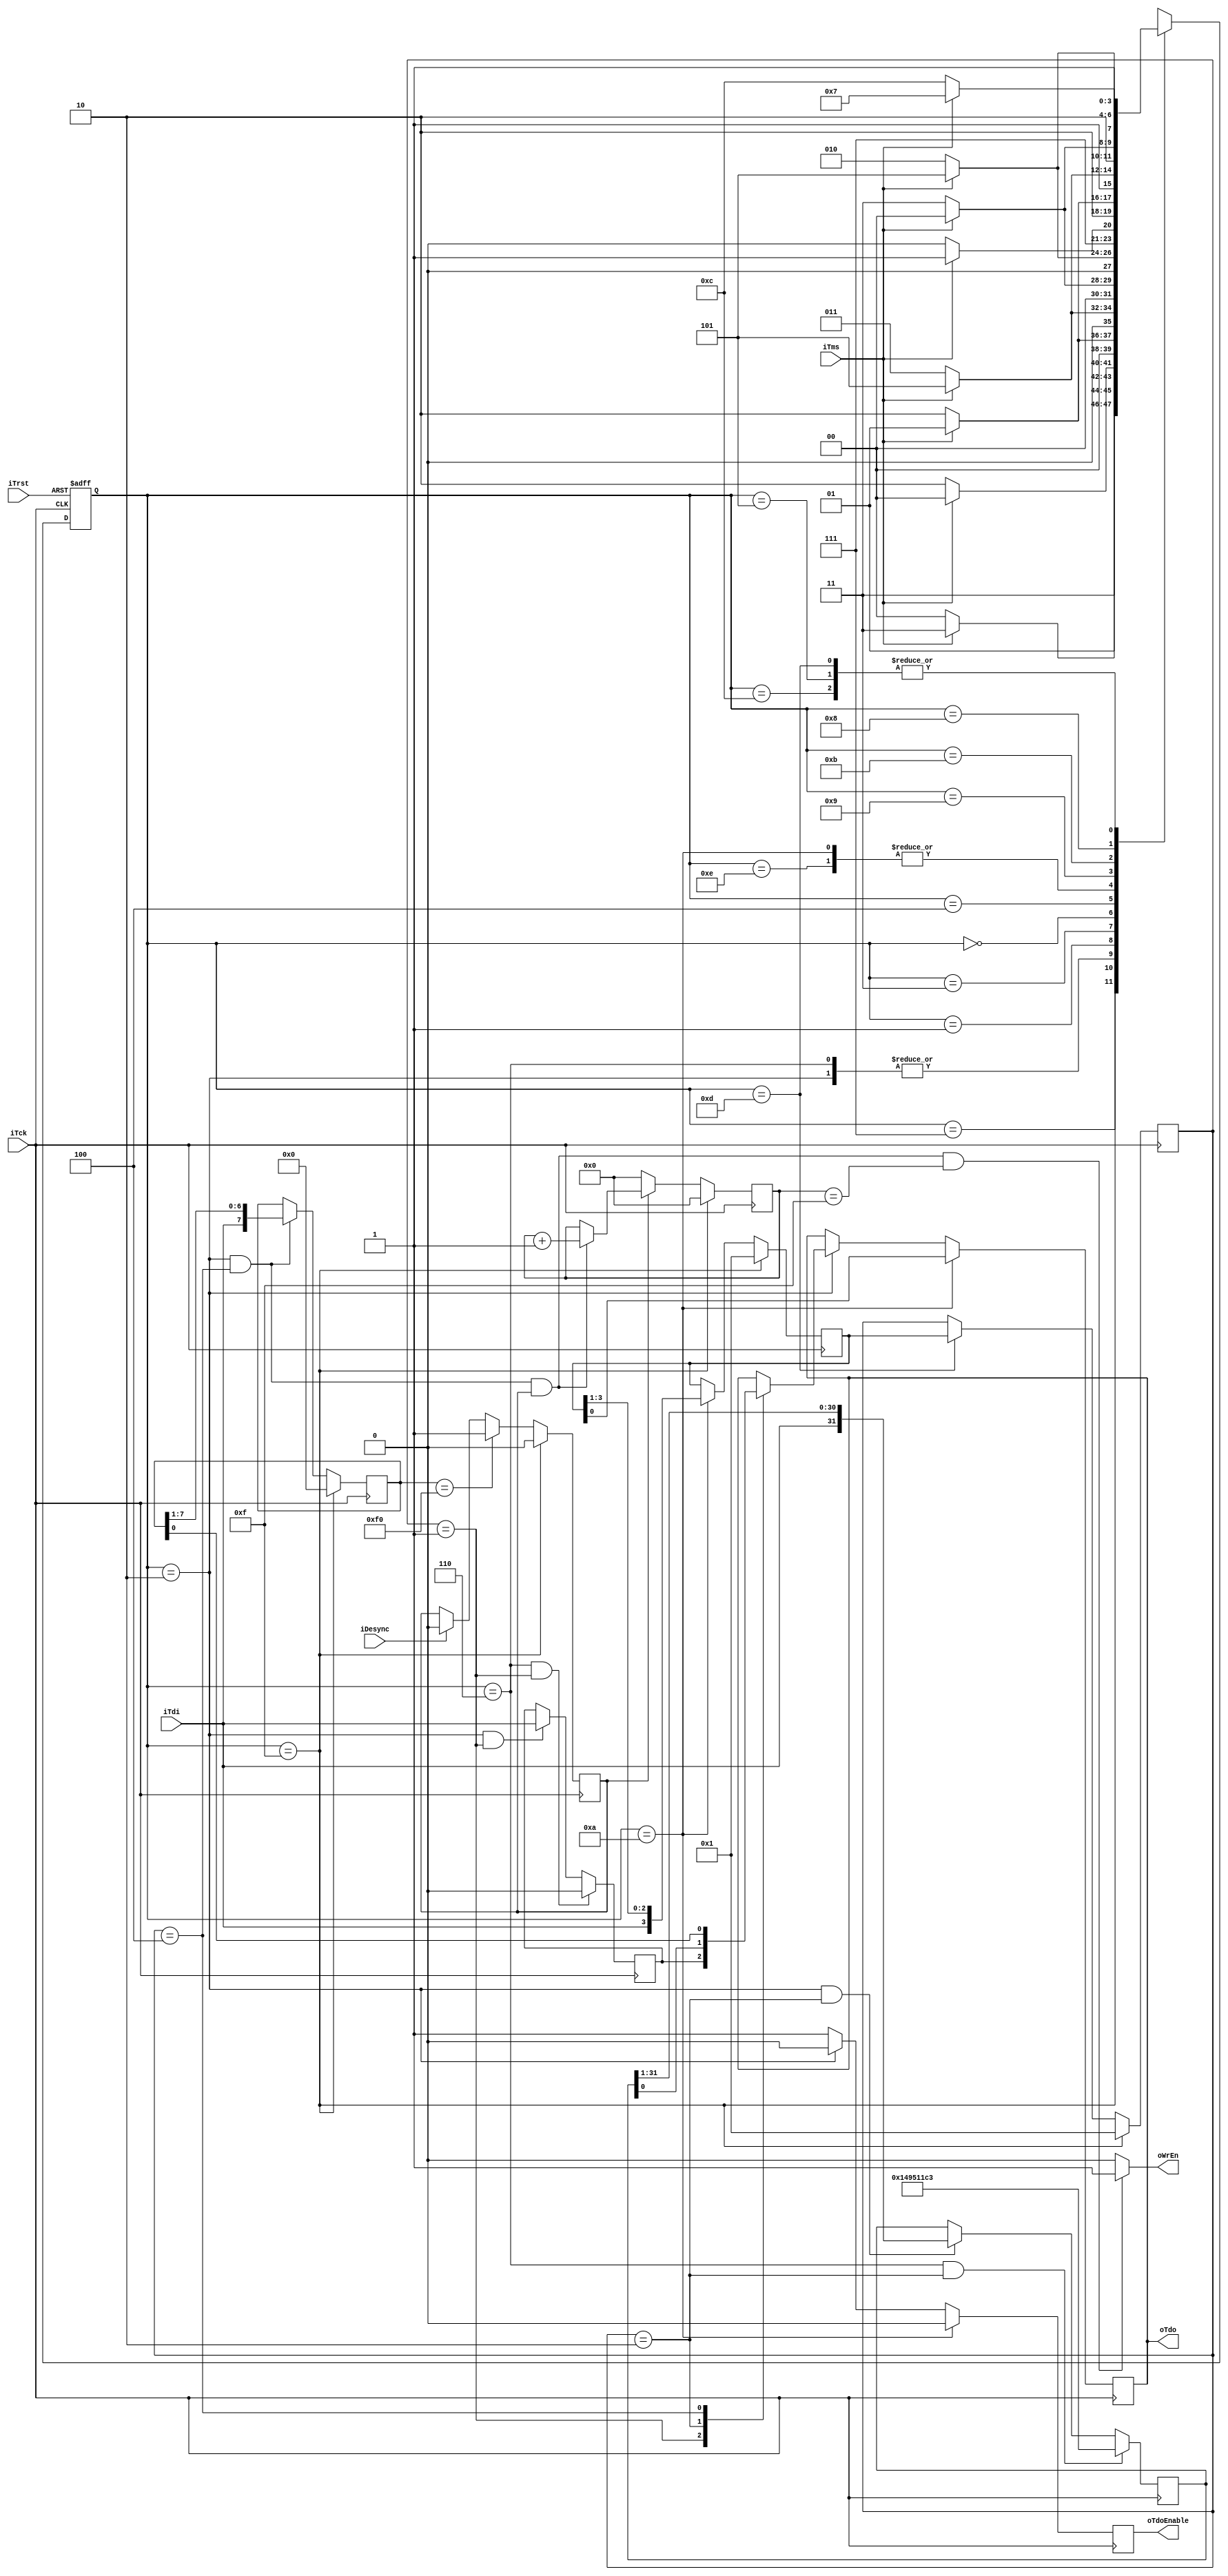
module jtag_top(
    //typical jtag port begin
    iTms,
    iTck,
    iTdi,
    iTrst,
    oTdo,
    oTdoEnable,
    //typical jtag port end

    //for CONFIG CHAIN
    oWrEn,
    iDesync
);
/********************************************
*Parameter definition begin
*
********************************************/
parameter stateLen = 4;
parameter pTestLogicReset = 4'hF;
parameter pRunTestIdle = 4'hC;
parameter pSelectDRScan = 4'h7;
parameter pCaptureDR = 4'h6;
parameter pShiftDR = 4'h2;
parameter pExit1DR = 4'h1;
parameter pPauseDR = 4'h3;
parameter pExit2DR = 4'h0;
parameter pUpdateDR = 4'h5;
parameter pSelectIRScan = 4'h4;
parameter pCaptureIR = 4'hE;
parameter pShiftIR = 4'hA;
parameter pExit1IR = 4'h9;
parameter pPauseIR = 4'hB;
parameter pExit2IR = 4'h8;
parameter pUpdateIR = 4'hD;

parameter instrLen = 4;
parameter BYPASS = 4'b0001;
parameter IDCODE = 4'b0010;
parameter CONFIG = 4'b0100;

parameter IDCODEVALUE = 32'h149511c3;

parameter SYNCWORD = 8'b11110000;
/********************************************
*IO definition begin
*
********************************************/
input iTms;
input iTck;
input iTdi;
input iTrst;
output oTdo;
output oTdoEnable;

output oWrEn;
input iDesync;
/********************************************
*Register/wire definition begin
*
********************************************/
//state reg
reg[stateLen - 1:0] currentState;

//command reg
reg idcodeSelect;
reg bypassSelect;
reg configSelect;
//output reg
reg oTdo;
reg oTdoEnable;
reg oWrEn;
//reset better
wire tmsReset;
reg tmsQ1;
reg tmsQ2;
reg tmsQ3;
reg tmsQ4;

//for Instruction Chain
reg[instrLen - 1:0] SIR;
reg[instrLen - 1:0] IR;

//for Bypass Chain
reg bypassReg;

//for IDCODE Chain
reg[31:0] IDC;

//for CONFIG Chain
reg[7:0] SCF;
reg sync;
reg[3:0] sftCnt;
/********************************************
*tms reset logic
*tms 1 1 1 1 1->reset to pTestLogicReset
********************************************/
always @(posedge iTck) begin
    tmsQ1 <= iTms;
    tmsQ2 <= tmsQ1;
    tmsQ3 <= tmsQ2;
    tmsQ4 <= tmsQ3;
end

assign tmsReset = iTms & tmsQ1 & tmsQ2 & tmsQ3 & tmsQ4;

/********************************************
*Jtag State Machine
*
********************************************/
always @(posedge iTck or negedge iTrst) begin
    if (iTrst == 0) begin
        currentState <= pTestLogicReset;
    end
    /*else if(tmsReset == 1)begin
	    currentState <= pTestLogicReset;
    end*/
    else begin
        case (currentState)
            pTestLogicReset:
                if(iTms)
                    currentState <= pTestLogicReset;
                else
                    currentState <= pRunTestIdle;
            pRunTestIdle:
                if(iTms)
                    currentState <= pSelectDRScan;
                else
                    currentState <= pRunTestIdle;
            pSelectDRScan:
                if(iTms)
                    currentState <= pSelectIRScan;
                else
                    currentState <= pCaptureDR;
            pCaptureDR:
                if(iTms)
                    currentState <= pExit1DR;
                else
                    currentState <= pShiftDR;
            pShiftDR:
                if(iTms)
                    currentState <= pExit1DR;
                else
                    currentState <= pShiftDR;
            pExit1DR:
                if(iTms)
                    currentState <= pUpdateDR;
                else
                    currentState <= pPauseDR;
            pPauseDR:
                if(iTms)
                    currentState <= pExit2DR;
                else
                    currentState <= pPauseDR;
            pExit2DR:
                if(iTms)
                    currentState <= pUpdateDR;
                else
                    currentState <= pShiftDR;
            pUpdateDR:
                if(iTms)
                    currentState <= pSelectDRScan;
                else
                    currentState <= pRunTestIdle;
            pSelectIRScan:
                if(iTms)
                    currentState <= pTestLogicReset;
                else
                    currentState <= pCaptureIR;
            pCaptureIR:
                if(iTms)
                    currentState <= pExit1IR;
                else
                    currentState <= pShiftIR;
            pShiftIR:
                if(iTms)
                    currentState <= pExit1IR;
                else
                    currentState <= pShiftIR;
            pExit1IR:
                if(iTms)
                    currentState <= pUpdateIR;
                else
                    currentState <= pPauseIR;
            pPauseIR:
                if(iTms)
                    currentState <= pExit2IR;
                else
                    currentState <= pPauseIR;
            pExit2IR:
                if(iTms)
                    currentState <= pUpdateIR;
                else
                    currentState <= pShiftIR;
            pUpdateIR:
                if(iTms)
                    currentState <= pSelectDRScan;
                else
                    currentState <= pRunTestIdle;
        endcase
    end
end
/********************************************
*IR Chain Instruction
*
********************************************/
//shift SIR
always @(posedge iTck) begin
    if(currentState == pTestLogicReset)
        SIR <= BYPASS;
    else if(currentState == pShiftIR)
        SIR <= {iTdi,SIR[instrLen - 1:1]};
end
//update IR when state updateIR
always @(negedge iTck) begin
    if(currentState == pTestLogicReset)
        IR <= BYPASS;
    else if(currentState == pUpdateIR)
        IR <= SIR;
end
/********************************************
*Bypass Chain 
*
********************************************/
always @(posedge iTck) begin
    if(currentState == pCaptureDR && IR == BYPASS)
        bypassReg <= 1'b0;
    else if(currentState == pShiftDR && IR == BYPASS)
        bypassReg <= iTdi;
end
/********************************************
*IDCODE Chain 
*
********************************************/
always @(posedge iTck) begin
    if(currentState == pCaptureDR && IR == IDCODE)
        IDC <= IDCODEVALUE;
    else if(currentState == pShiftDR && IR ==IDCODE)
        IDC <= {iTdi,IDC[31:1]};
end
/********************************************
*CONFIG Chain 
*
********************************************/
//shift config reg
always @(posedge iTck) begin
    if(currentState == pTestLogicReset)
        SCF <= 8'b0;
    else if(currentState == pShiftDR && IR == CONFIG)
        SCF <= {iTdi,SCF[7:1]};
end
//sync logic
always @(posedge iTck) begin
    if(currentState == pTestLogicReset)
        sync <= 1'b0;
    else if(SCF == SYNCWORD)
        sync <= 1'b1;
    else if(iDesync == 1'b1)
        sync <= 1'b0;
end
//scf count logic
always @(posedge iTck) begin
    if(currentState == pTestLogicReset)
        sftCnt <= 0;
    else if(~sync)
        sftCnt <= 0;
    else if (currentState == pShiftDR && IR == CONFIG && sync) begin
            sftCnt <= sftCnt + 1;
    end
end
//write enable logic
always @(*) begin
    if(currentState == pShiftDR && IR == CONFIG && sync && sftCnt == 15)
        oWrEn = 1'b1;
    else
        oWrEn = 1'b0;
end
/********************************************
*OUTPUT Multiplex Chain 
*
********************************************/
always @(negedge iTck) begin
    if(currentState == pShiftIR)
        oTdo <= SIR[0];
    else if(currentState == pShiftDR)
        case (IR)
            BYPASS:oTdo <= bypassReg;
            IDCODE:oTdo <= IDC[0];
            CONFIG:oTdo <= SCF[0];
            //for config chain
        endcase
end

always @(negedge iTck) begin
    if(currentState == pShiftIR)
        oTdoEnable <= 1'b0;
    else if(currentState == pShiftDR)
        oTdoEnable <= 1'b0;
    else
        oTdoEnable <= 1'b1;
    //better
    //oTdoEnable <= (currentState == pShiftIR) || (currentState == pShiftDR);
end

//select signal
always @(IR) begin
    idcodeSelect = 1'b0;
    bypassSelect = 1'b0;
    configSelect = 1'b0;

    case (IR)
        IDCODE:idcodeSelect = 1'b1;
        BYPASS:bypassSelect = 1'b1;
        CONFIG:configSelect = 1'b1;
        default:bypassSelect = 1'b1;
    endcase
    
end

endmodule